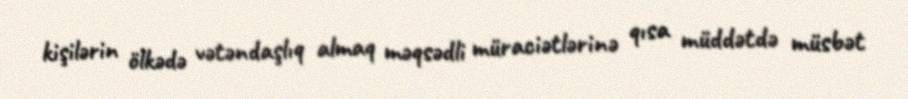
kişilərin ölkədə vətəndaşlıq almaq məqsədli müraciətlərinə qısa müddətdə müsbət